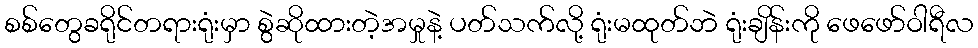
စစ်တွေခရိုင်တရားရုံးမှာ စွဲဆိုထားတဲ့အမှုနဲ့ ပတ်သက်လို့ ရုံးမထုတ်ဘဲ ရုံးချိန်းကို ဖေဖော်ဝါရီလ